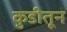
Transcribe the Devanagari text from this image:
कुडीतून